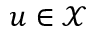
u \in \mathcal X